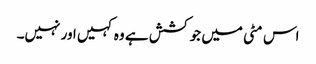
اس مٹی میں جو کشش ہے وہ کہیں اور نہیں۔